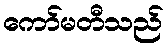
ကော်မတီသည်